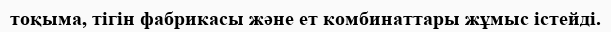
тоқыма, тігін фабрикасы және ет комбинаттары жұмыс істейді.